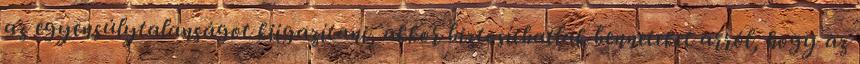
az egyensúlytalanságot kiigazítani, akkor biztosíthatlak benneteket arról, hogy az